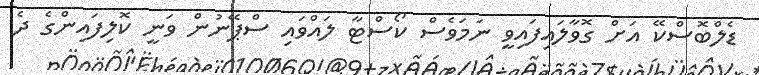
ޑެލްބޮސްކޭ އަށް ގޮވާލައިފައިވީ ނަމަވެސް ކޯސްޓާ ލައްވައި ސްޕޭނުން ވަނީ ކޮލިފައިންގެ ދެ